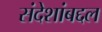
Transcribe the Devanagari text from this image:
संदेशांबद्दल